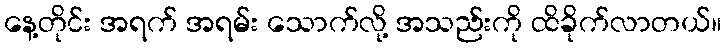
နေ့တိုင်း အရက် အရမ်း သောက်လို့ အသည်းကို ထိခိုက်လာတယ်။